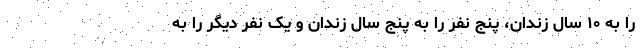
را به ۱۰ سال زندان، پنج نفر را به پنج سال زندان و یک نفر دیگر را به